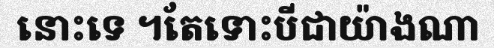
នោះទេ ។តែទោះបីជាយ៉ាងណា